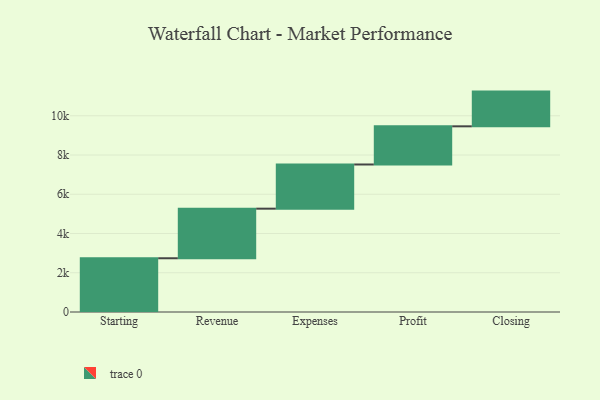
{"axis": {"x": "Step", "y": "Value"}, "legend": [""], "data": [{"x": "Starting", "y": 2738.0, "type": ""}, {"x": "Revenue", "y": 2527.0, "type": ""}, {"x": "Expenses", "y": 2251.0, "type": ""}, {"x": "Profit", "y": 1945.0, "type": ""}, {"x": "Closing", "y": 1769.0, "type": ""}]}